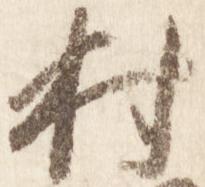
村